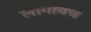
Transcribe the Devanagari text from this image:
लागायच